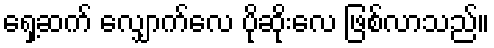
ရှေ့ဆက် လျှောက်လေ ပိုဆိုးလေ ဖြစ်လာသည်။